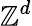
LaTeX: \mathbb{Z}^{d}